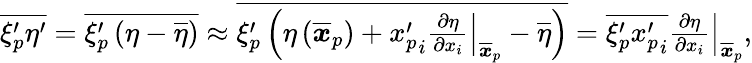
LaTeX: \begin{array}{r}{\overline{{\xi_{p}^{\prime}\eta^{\prime}}}=\overline{{\xi_{p}^{\prime}\left(\eta-\overline{{\eta}}\right)}}\approx\overline{{\xi_{p}^{\prime}\left(\eta\left(\overline{{\boldsymbol x}}_{p}\right)+{x_{p}^{\prime}}_{i}\left.\frac{\partial\eta}{\partial x_{i}}\right|_{\overline{{\boldsymbol x}}_{p}}-\overline{{\eta}}\right)}}=\overline{{\xi_{p}^{\prime}{x_{p}^{\prime}}_{i}}}\left.\frac{\partial\eta}{\partial x_{i}}\right|_{\overline{{\boldsymbol x}}_{p}},}\end{array}